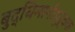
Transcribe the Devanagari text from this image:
बुद्धिमानीपूर्वक